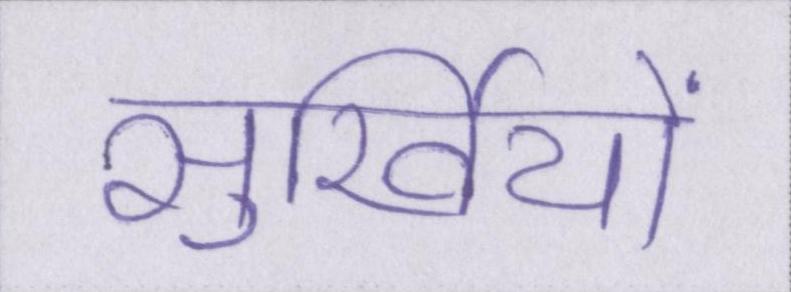
सुर्खियों